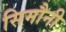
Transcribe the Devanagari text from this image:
सिमौनी